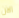
الآن